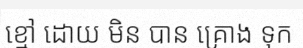
ខ្មៅ ដោយ មិន បាន គ្រោង ទុក